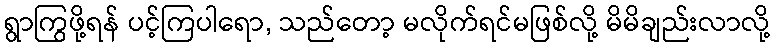
ရွာကြွဖို့ရန် ပင့်ကြပါရော, သည်တော့ မလိုက်ရင်မဖြစ်လို့ မိမိချည်းလာလို့